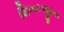
શિખરજીના